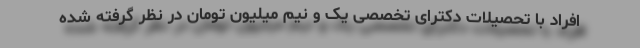
افراد با تحصیلات دکترای تخصصی یک و نیم میلیون تومان در نظر گرفته شده